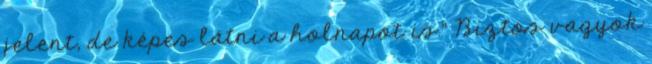
jelent, de képes látni a holnapot is." Biztos vagyok